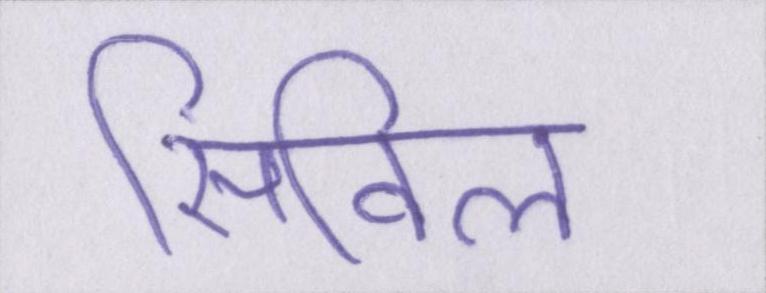
सिविल